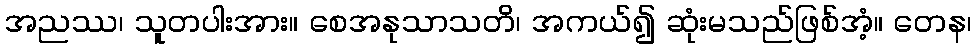
အညဿ၊ သူတပါးအား။ စေအနုသာသတိ၊ အကယ်၍ ဆုံးမသည်ဖြစ်အံ့။ တေန၊